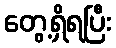
တွေ့ရှိရပြီး